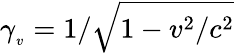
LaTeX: \gamma_{_{v}}=1/{\sqrt{1-v^{2}/c^{2}}}